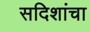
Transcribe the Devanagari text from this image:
सदिशांचा